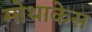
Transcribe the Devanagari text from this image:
मोथाकेस